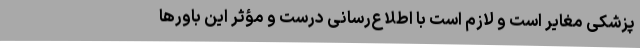
پزشکی مغایر است و لازم است با اطلاع‌رسانی درست و مؤثر این باور‌ها